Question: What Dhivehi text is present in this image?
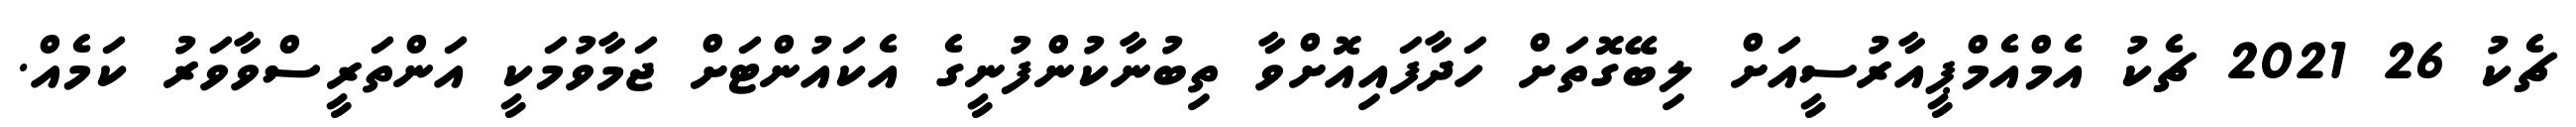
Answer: ޗެކު 26 2021 ޗެކު އެމްއެމްޕީއާރުސީއަށް ލިބޭގޮތަށް ހަދާފައިއޮށްވާ ތިބުނާކުންފުނީގެ އެކައުންޓަށް ޖަމާވުމަކީ އަންތަރީސްވާވަރު ކަމެއް.